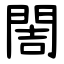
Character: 䦖